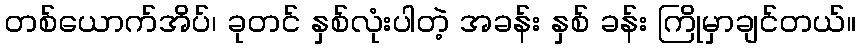
တစ်ယောက်အိပ်၊ ခုတင် နှစ်လုံးပါတဲ့ အခန်း နှစ် ခန်း ကြိုမှာချင်တယ်။